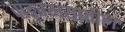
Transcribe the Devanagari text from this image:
वाङ्ग्मयातील